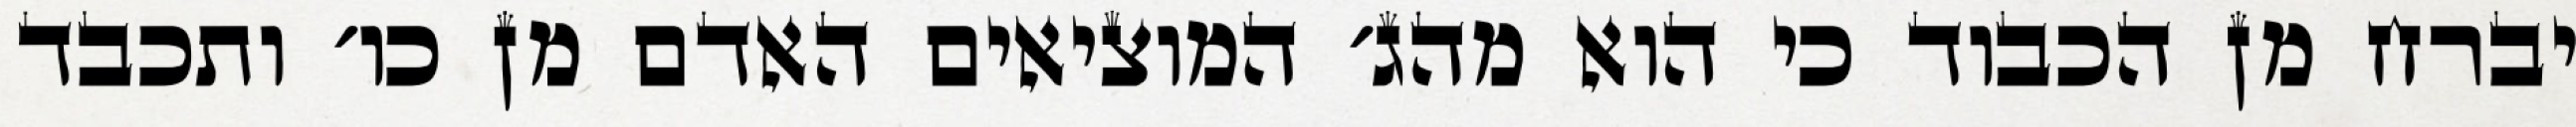
יברח מן הכבוד כי הוא מהג׳ המוציאים האדם מן כו׳ ותכבד